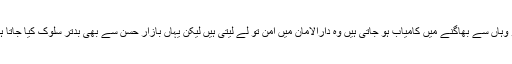
جو وہاں سے بھاگنے میں کامیاب ہو جاتی ہیں وہ دارالامان میں امن تو لے لیتی ہیں لیکن یہاں بازار حسن سے بھی بدتر سلوک کیا جاتا ہے۔